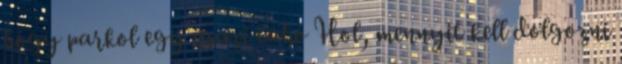
hogy parkol egy igazi tahó Hol, mennyit kell dolgozni